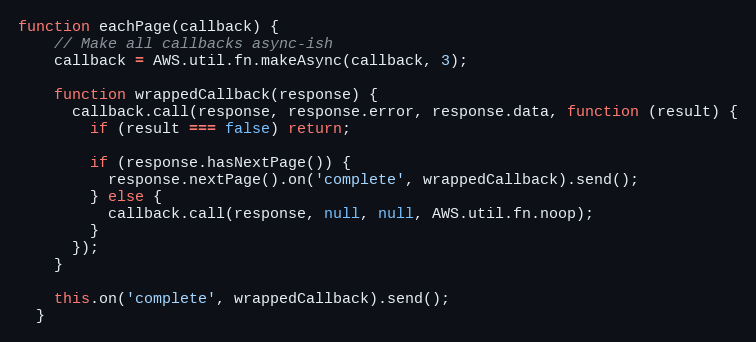
Language: JavaScript
function eachPage(callback) {
    // Make all callbacks async-ish
    callback = AWS.util.fn.makeAsync(callback, 3);

    function wrappedCallback(response) {
      callback.call(response, response.error, response.data, function (result) {
        if (result === false) return;

        if (response.hasNextPage()) {
          response.nextPage().on('complete', wrappedCallback).send();
        } else {
          callback.call(response, null, null, AWS.util.fn.noop);
        }
      });
    }

    this.on('complete', wrappedCallback).send();
  }